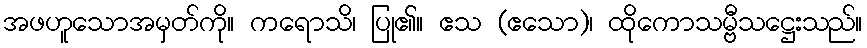
အဖဟူသောအမှတ်ကို။ ကရောသိ၊ ပြု၏။ ဧသ (ဧသော)၊ ထိုကောသမ္ဗီသဋ္ဌေးသည်။